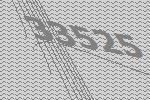
33525